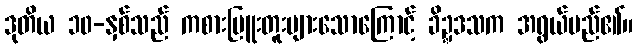
ဒုတိယ ၁၀-နှစ်သည် ကစားမြူးတူးများသောကြောင့် ခိဍ္ဍဒသက အရွယ်မည်၏။